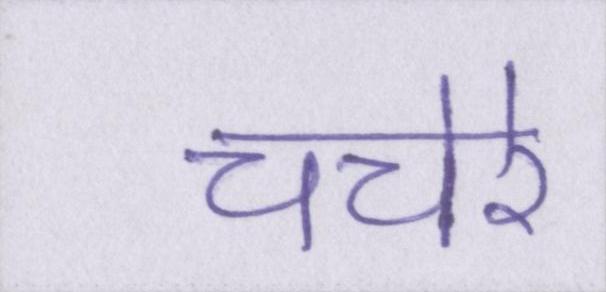
चचेरे